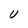
Character: U